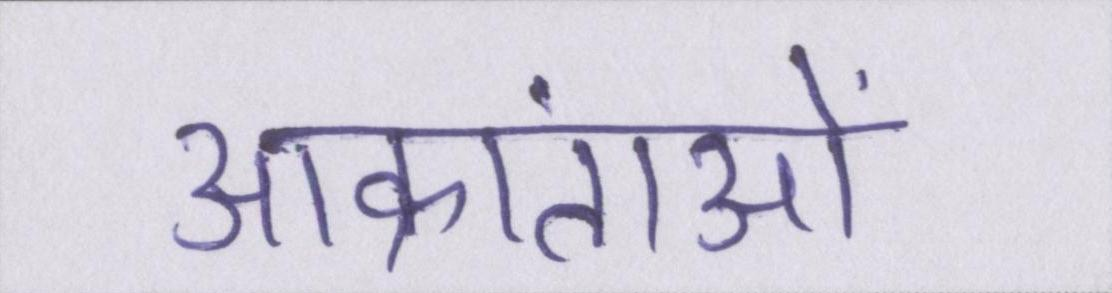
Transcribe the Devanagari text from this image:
आक्रांताओं